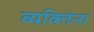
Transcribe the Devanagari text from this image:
व्यक्‍तिंना